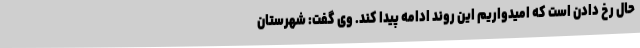
حال رخ دادن است که امیدواریم این روند ادامه پیدا کند. وی گفت: شهرستان